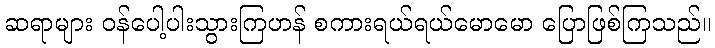
ဆရာများ ဝန်ပေါ့ပါးသွားကြဟန် စကားရယ်ရယ်မောမော ပြောဖြစ်ကြသည်။